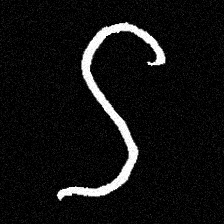
Pyu character \u2014 Myanmar letter: ဌ (romanized: ttha)